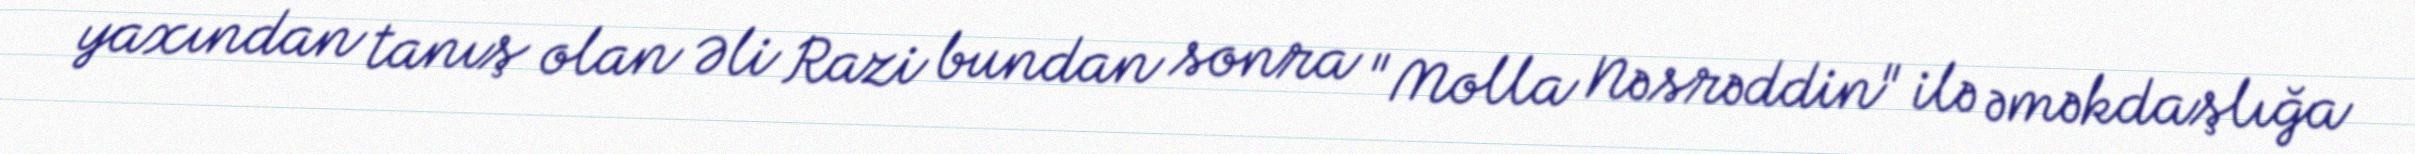
yaxından tanış olan Əli Razi bundan sonra "Molla Nəsrəddin" ilə əməkdaşlığa